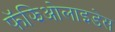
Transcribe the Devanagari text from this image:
फॅझिओलाइडेस